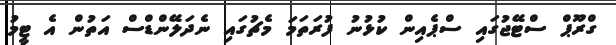
ގްރޫޕް ސްޓޭޖުގައި ސްޕެއިން ކުޅުނު ފުރަތަމަ މެޗުގައި ނެދަލޭންޑްސް އަތުން އެ ޓީމު